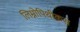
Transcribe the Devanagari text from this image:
लिम्नोपिथीकस